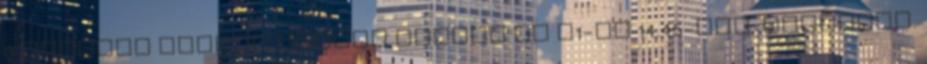
0 komment Holnap Yamada család az M1-en 14.45-kor. Ajánljuk.